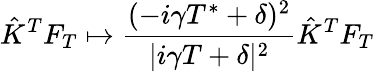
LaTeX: \hat{K}^{T}F_{T}\mapsto\frac{(-i\gamma T^{*}+\delta)^{2}}{|i\gamma T+\delta|^{2}}\hat{K}^{T}F_{T}